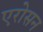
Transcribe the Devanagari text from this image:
एरोसन